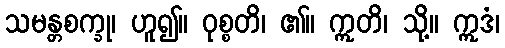
သမန္တစက္ခု၊ ဟူ၍။ ဝုစ္စတိ၊ ၏။ ဣတိ၊ သို့။ ဣဒံ၊